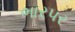
ભારપર